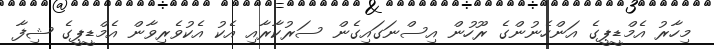
މިހާރު އެމްޑީޕީގެ އަންހެނުންގެ ރޫހުން އިސްނަގައިގެން ސަރުކާރާއި އެކު އެކުވެރިވާން އެމްޑީޕީގެ ޝިފާ